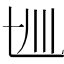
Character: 𰀋